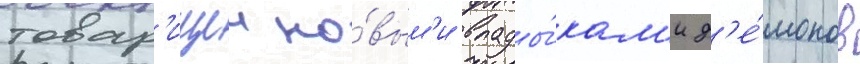
товар'ищеи но́вым'и влады́кам'и д'е́монов